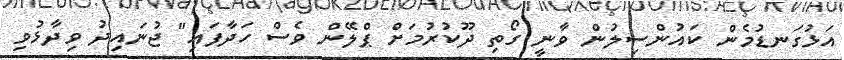
އަޅުގަނޑުމެން ކައުންސިލުން ވާނީ ގޯތި ދޫކުރުމަށް ޕްލޭން ވެސް ހަދާފައި" ޖުނައިދު ވިދާޅުވި